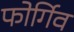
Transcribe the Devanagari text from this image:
फोर्गिव